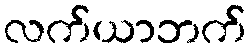
လက်ယာဘက်